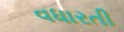
વધારતી